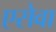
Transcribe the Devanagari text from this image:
एसेवा